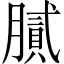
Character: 膩